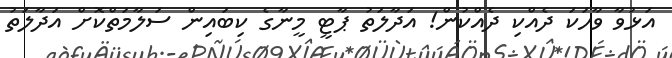
އަޅުވާ ވާހަކަ ދެއްކި ދެއްކުން! އަދާލަތު ޕާޓީ މީނާގެ ކިބައިން ސަލާމަތްކޮށް އަދާލަތު